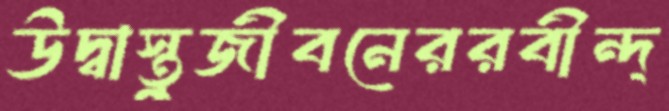
উদ্বাস্তুজীবনেররবীন্দ্